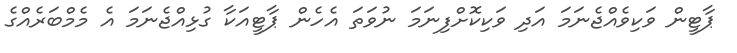
ޕާޓީން ވަކިވެއްޖެނަމަ އަދި ވަކިކޮށްފިނަމަ ނުވަތަ އެހެން ޕާޓީއަކާ ގުޅިއްޖެނަމަ އެ މެމްބަރެއްގެ